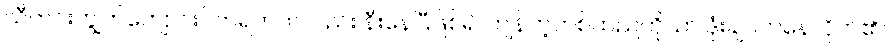
သီတင်းကျွတ်ကျောင်းပိတ်ရက်ကလည်း နီးနေပြီဖြစ်၍ ကျန်တဲ့တစ်ထည်ကိုသာ ဒုံးချဝတ်နေလိုက်၏။